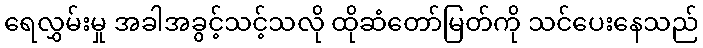
ရေလွှမ်းမှု အခါအခွင့်သင့်သလို ထိုဆံတော်မြတ်ကို သင်ပေးနေသည်